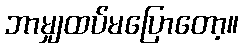
ဘာမျှထပ်မပြောတော့။